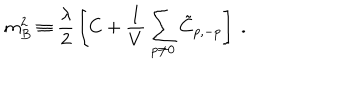
m _ { B } ^ { 2 } \equiv { \frac { \lambda } { 2 } } \left[ { C } + { \frac { 1 } { V } } \sum _ { p \neq 0 } \tilde { C } _ { p , - p } \right] ~ .